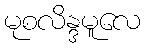
မုစလိန္ဒမူလေ